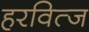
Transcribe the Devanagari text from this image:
हरवित्ज